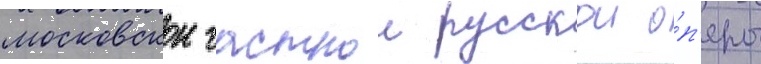
московскои частнои русскои о́п'еры